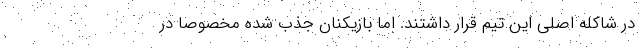
در شاکله اصلی این تیم قرار داشتند. اما بازیکنان جذب شده مخصوصا در